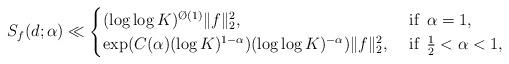
LaTeX: \begin{align*}S_f(d;\alpha) \ll \begin{cases}(\log\log K)^{\O(1)}\|f\|_2^2, & \mbox{ if } \,\alpha =1,\\\exp(C(\alpha)(\log K)^{1-\alpha})(\log\log K)^{-\alpha})\|f\|_2^2, & \mbox{ if } \,\frac{1}{2}<\alpha<1,\end{cases}\end{align*}